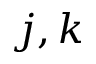
{ j , k }